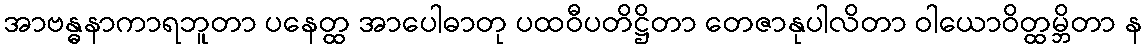
အာဗန္ဓနာကာရဘူတာ ပနေတ္ထ အာပေါဓာတု ပထဝီပတိဋ္ဌိတာ တေဇာနုပါလိတာ ဝါယောဝိတ္ထမ္ဘိတာ န